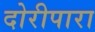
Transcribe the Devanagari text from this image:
दोरीपारा